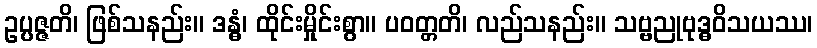
ဥပ္ပဇ္ဇတိ၊ ဖြစ်သနည်း။ ဒန္ဓံ၊ ထိုင်းမှိုင်းစွာ။ ပဝတ္တတိ၊ လည်သနည်း။ သဗ္ဗညုဗုဒ္ဓဝိသယဿ၊